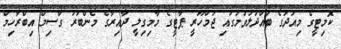
ކޮމިޓީގެ މިއަދުގެ ބައްދަލުވުމުގައި ޖުމްހޫރީ ޕާޓީގެ މާމިގިލީ ދާއިރާގެ މެންބަރު ގާސިމް އިބްރާހިމް